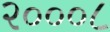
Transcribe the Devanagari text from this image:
२०००८